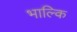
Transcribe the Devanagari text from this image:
भाल्कि